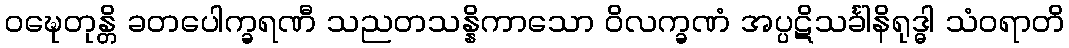
ဝဍ္ဎေတုန္တိ ခတပေါက္ခရဏီ သညတသန္နိကာသော ဝိလက္ခဏံ အပ္ပဋိသင်္ခါနိရုဒ္ဓါ သံဝရာတိ